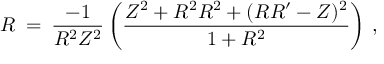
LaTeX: { \cal { R } } \: = \: \frac { - 1 } { R ^ { 2 } Z ^ { 2 } } \left( \frac { Z ^ { 2 } + R ^ { 2 } R ^ { 2 } + ( R R ^ { \prime } - Z ) ^ { 2 } } { 1 + R ^ { 2 } } \right) \, ,